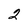
Character: 2